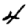
Digit: 4